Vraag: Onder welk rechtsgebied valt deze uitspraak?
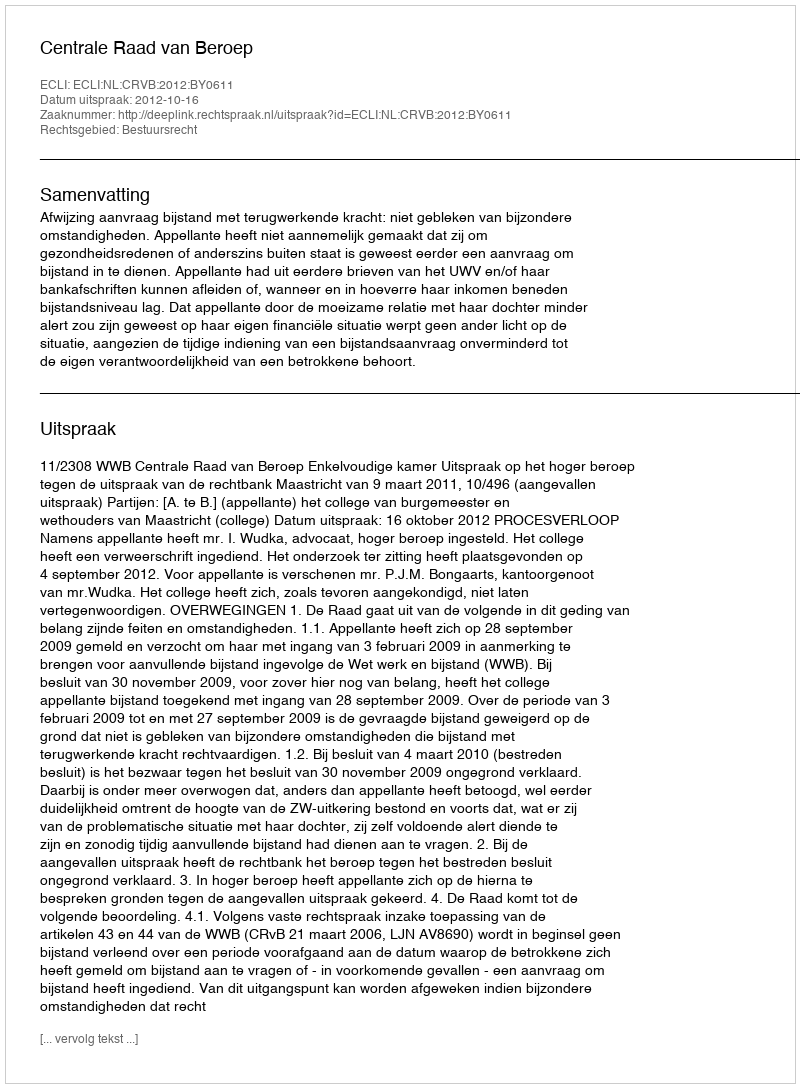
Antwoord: Bestuursrecht